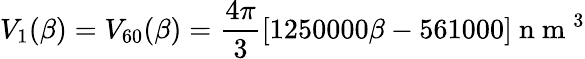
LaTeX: V_{1}(\beta)=V_{60}(\beta)=\frac{4\pi}{3}\left[1250000\beta-561000\right]\mathrm{~n~m~}^{3}